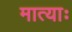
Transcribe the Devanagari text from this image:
मात्याः